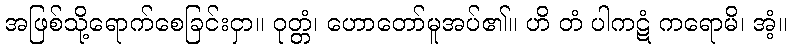
အဖြစ်သို့ရောက်စေခြင်းငှာ။ ဝုတ္တံ၊ ဟောတော်မူအပ်၏။ ဟိ တံ ပါကဋံ ကရောမိ၊ အံ့။